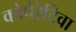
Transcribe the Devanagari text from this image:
कोपेरेटिवा